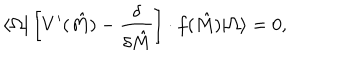
LaTeX: \langle \Omega | \left[ V ^ { \prime } ( \hat { M } ) - { \frac { \delta } { \delta \hat { M } } } \right] \cdot f ( \hat { M } ) | \Omega \rangle = 0 ,